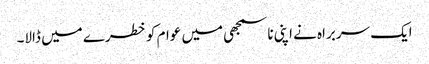
ایک سربراہ نے اپنی ناسمجھی میں عوام کو خطرے میں ڈالا۔